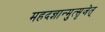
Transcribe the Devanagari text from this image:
महदज्ञान्मुत्सृजेत्